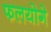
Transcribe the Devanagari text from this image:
फलयोगे